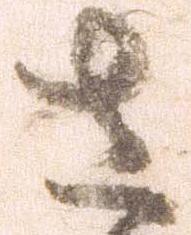
さ